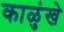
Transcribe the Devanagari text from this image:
काळुंखे